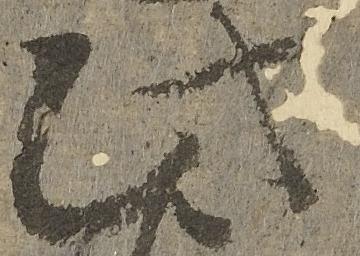
此